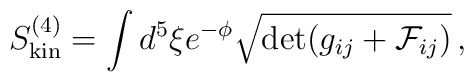
S^{(4)}_{{\rm kin}} = \int d^5\xi       e^{-\phi}\sqrt{\det(g_{ij}+{\cal F}_{ij})}\,,